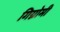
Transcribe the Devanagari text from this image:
गिग्नोमी